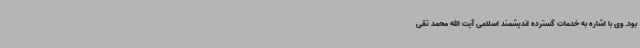
بود. وی با اشاره به خدمات گسترده اندیشمند اسلامی آیت الله محمد تقی